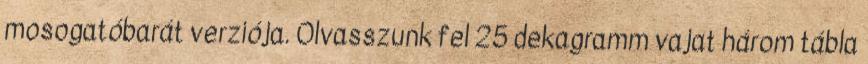
mosogatóbarát verziója. Olvasszunk fel 25 dekagramm vajat három tábla